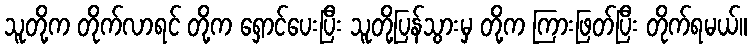
သူတို့က တိုက်လာရင် တို့က ရှောင်ပေးပြီး သူတို့ပြန်သွားမှ တို့က ကြားဖြတ်ပြီး တိုက်ရမယ်။